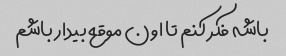
باشه فکر کنم تا اون موقع بیدار باشم